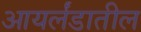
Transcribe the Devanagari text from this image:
आयर्लंडातील